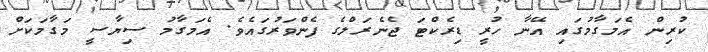
ކުރިން އެމަގާމުގައި އޭނާ ހުރީ ޑިރެކްޓަ ޖެނެރަލްގެ ފެންވަރުގައެވެ. އެމަގާމު ސިޔާސީ މަގާމަކަށް